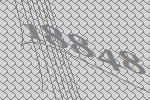
18848